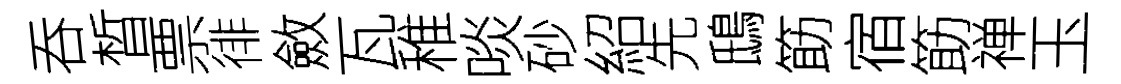
吞晳票徘斂瓦稚啖砂紹先鴟筯宿筯禅玉